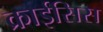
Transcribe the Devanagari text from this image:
क्राईसिस